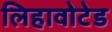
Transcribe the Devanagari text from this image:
लिहावोटेड